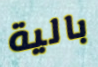
بالية